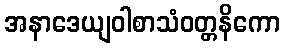
အနာဒေယျဝါစာသံဝတ္တနိကော